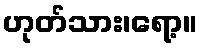
ဟုတ်သား၊ရော့။